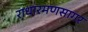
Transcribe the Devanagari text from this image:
राधारमणसागर